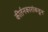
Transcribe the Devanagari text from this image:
कीर्तनकारांकडून